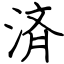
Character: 済